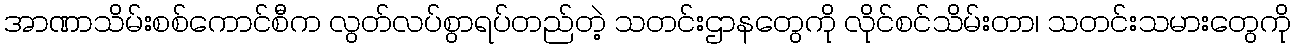
အာဏာသိမ်းစစ်ကောင်စီက လွတ်လပ်စွာရပ်တည်တဲ့ သတင်းဌာနတွေကို လိုင်စင်သိမ်းတာ၊ သတင်းသမားတွေကို